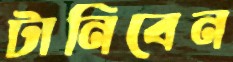
টানিবেন